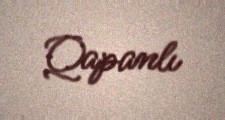
Qapanlı